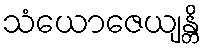
သံယောဇေယျန္တိ